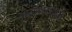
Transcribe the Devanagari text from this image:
थायलाकोलेओ